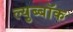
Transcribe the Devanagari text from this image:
ल्युब्बॉक